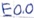
Text: E0.0